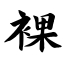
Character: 裸